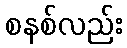
စနစ်လည်း